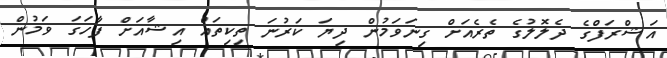
އަޝްރަފްގެ ދެލޮލުގެ ތެރެއަށް ގިނަވަމުން ދިޔަ ކަރުނަ ތިކިތައް އިޝާއަށް ފާހަގަ ވަމުން